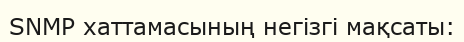
SNMP хаттамасының негізгі мақсаты: